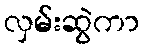
လှမ်းဆွဲကာ